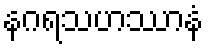
နဂရသဟဿာနံ